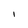
Character: I